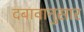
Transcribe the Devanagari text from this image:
दबावानुसार